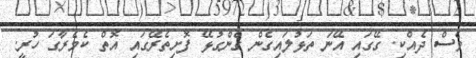
ވެސް ދެއްކި. ގޭގައި އޭނަ ތަޅުލައިގެން ގެންގުޅޭ ފޮށިތެރޭގައި އޮތް ކެމެރާގަ ހުރީ.